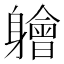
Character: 𫏱